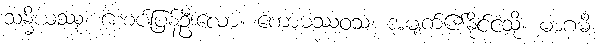
သန္ဓိယဿု၊ စေ့စပ်ပြန်ဦးလော။ ကောဓဿဝသံ၊ အမျက်၏နိုင်ငံသို့။ မာဂမိ၊